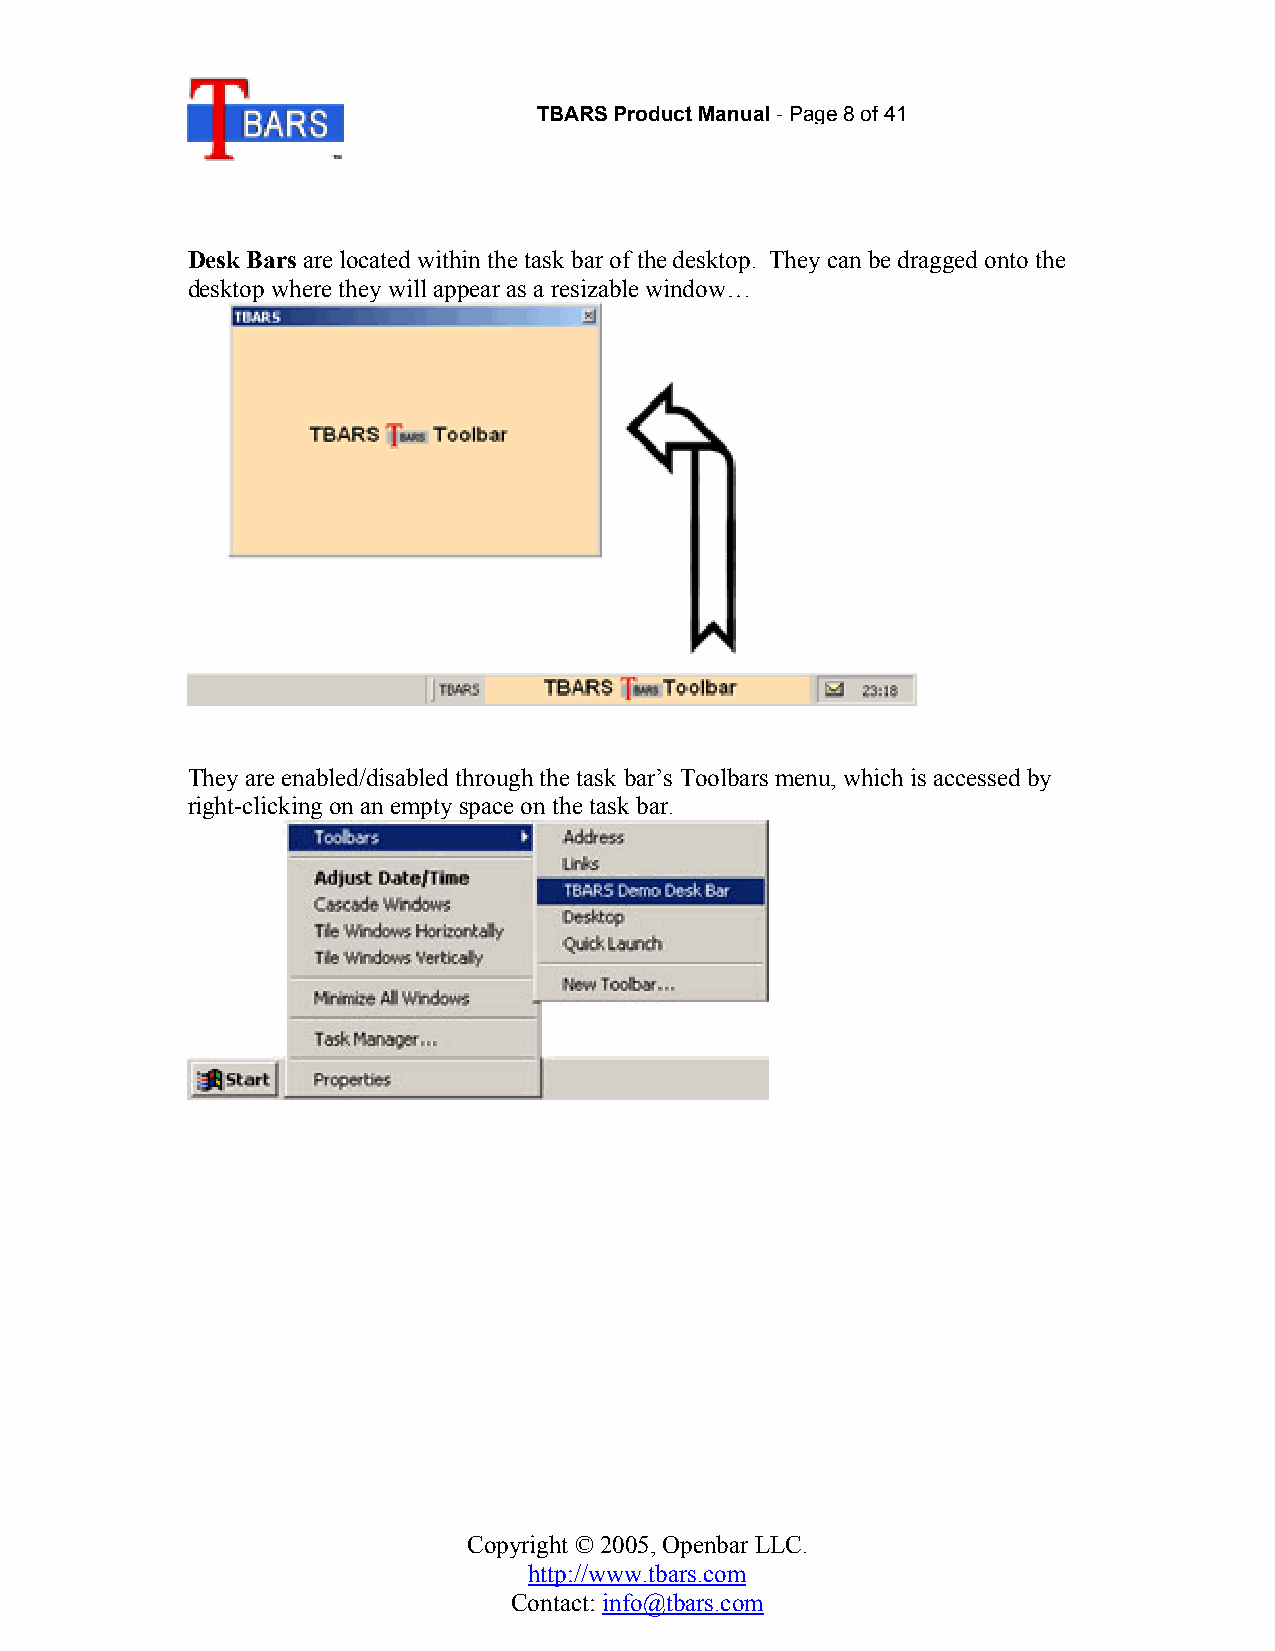
TBARS Product Manual-Page 8of 41
 Desk Bars are located within the task bar of the desktop. They can be dragged onto the
 desktop where they will appear as a resizable window…
 They are enabled/disabled through the task bar’s Toolbars menu, which is accessed by
 right-clicking on an empty space on the task bar.
 Copyright © 2005, Openbar LLC.
 http://www.tbars.com
 Contact: info@tbars.com